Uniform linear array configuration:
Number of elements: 12
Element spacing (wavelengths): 1
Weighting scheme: cosine
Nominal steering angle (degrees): -60
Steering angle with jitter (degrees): -60.582
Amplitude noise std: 0.05
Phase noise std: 0.05

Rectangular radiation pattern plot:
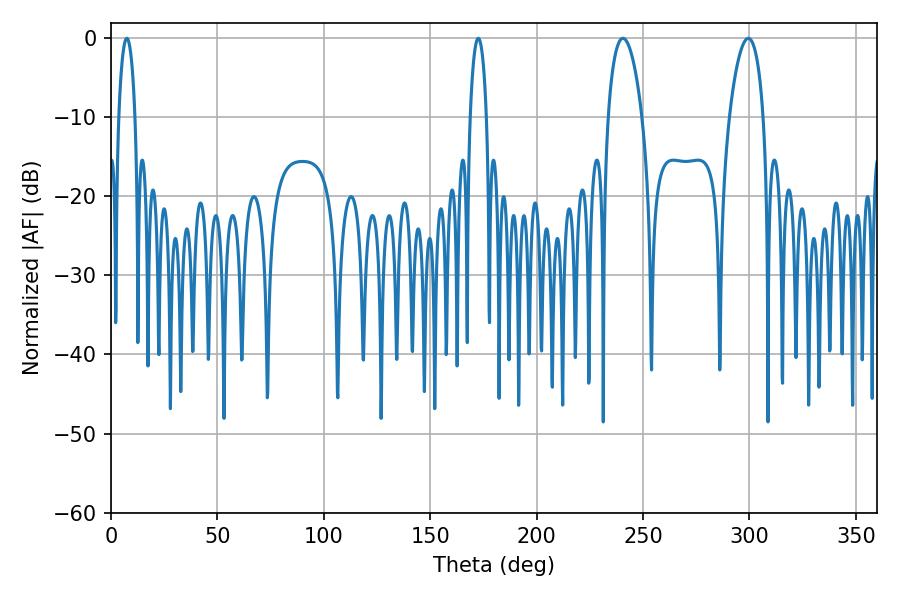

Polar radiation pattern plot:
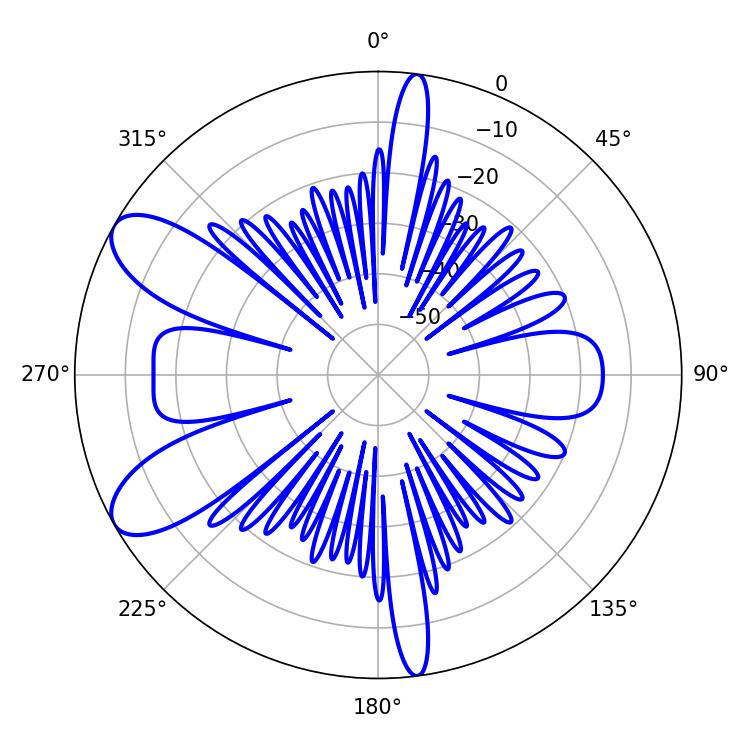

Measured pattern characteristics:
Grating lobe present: TRUE
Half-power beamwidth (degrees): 9
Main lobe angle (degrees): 240.48